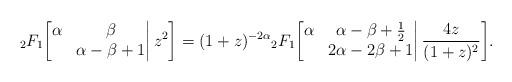
LaTeX: \begin{align*}{}_2F_1\bigg[\begin{matrix}\alpha&\beta\\&\alpha-\beta+1\end{matrix}\bigg|\,z^2\bigg]=(1+z)^{-2\alpha}{}_2F_1\bigg[\begin{matrix}\alpha&\alpha-\beta+\frac12\\&2\alpha-2\beta+1\end{matrix}\bigg|\,\frac{4z}{(1+z)^2}\bigg].\end{align*}